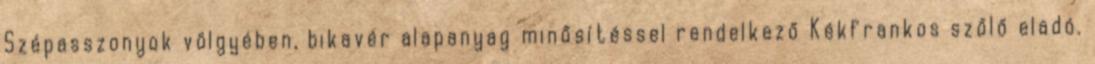
Szépasszonyok völgyében, bikavér alapanyag minősítéssel rendelkező Kékfrankos szőlő eladó.